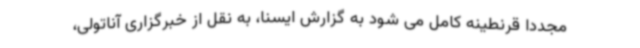
مجددا قرنطینه کامل می شود به گزارش ایسنا، به نقل از خبرگزاری آناتولی،